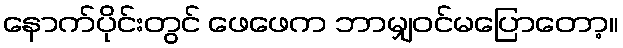
နောက်ပိုင်းတွင် ဖေဖေက ဘာမျှဝင်မပြောတော့။